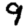
Digit: 9